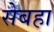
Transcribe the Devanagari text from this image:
सेबहा